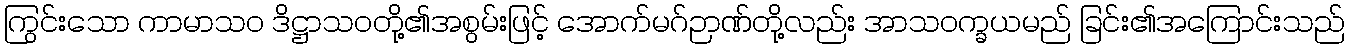
ကြွင်းသော ကာမာသဝ ဒိဋ္ဌာသဝတို့၏အစွမ်းဖြင့် အောက်မဂ်ဉာဏ်တို့လည်း အာသဝက္ခယမည် ခြင်း၏အကြောင်းသည်